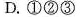
D.①②③